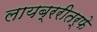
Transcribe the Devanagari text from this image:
लायब्ररीतर्फे